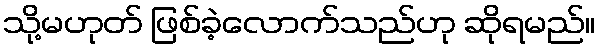
သို့မဟုတ် ဖြစ်ခဲ့လောက်သည်ဟု ဆိုရမည်။